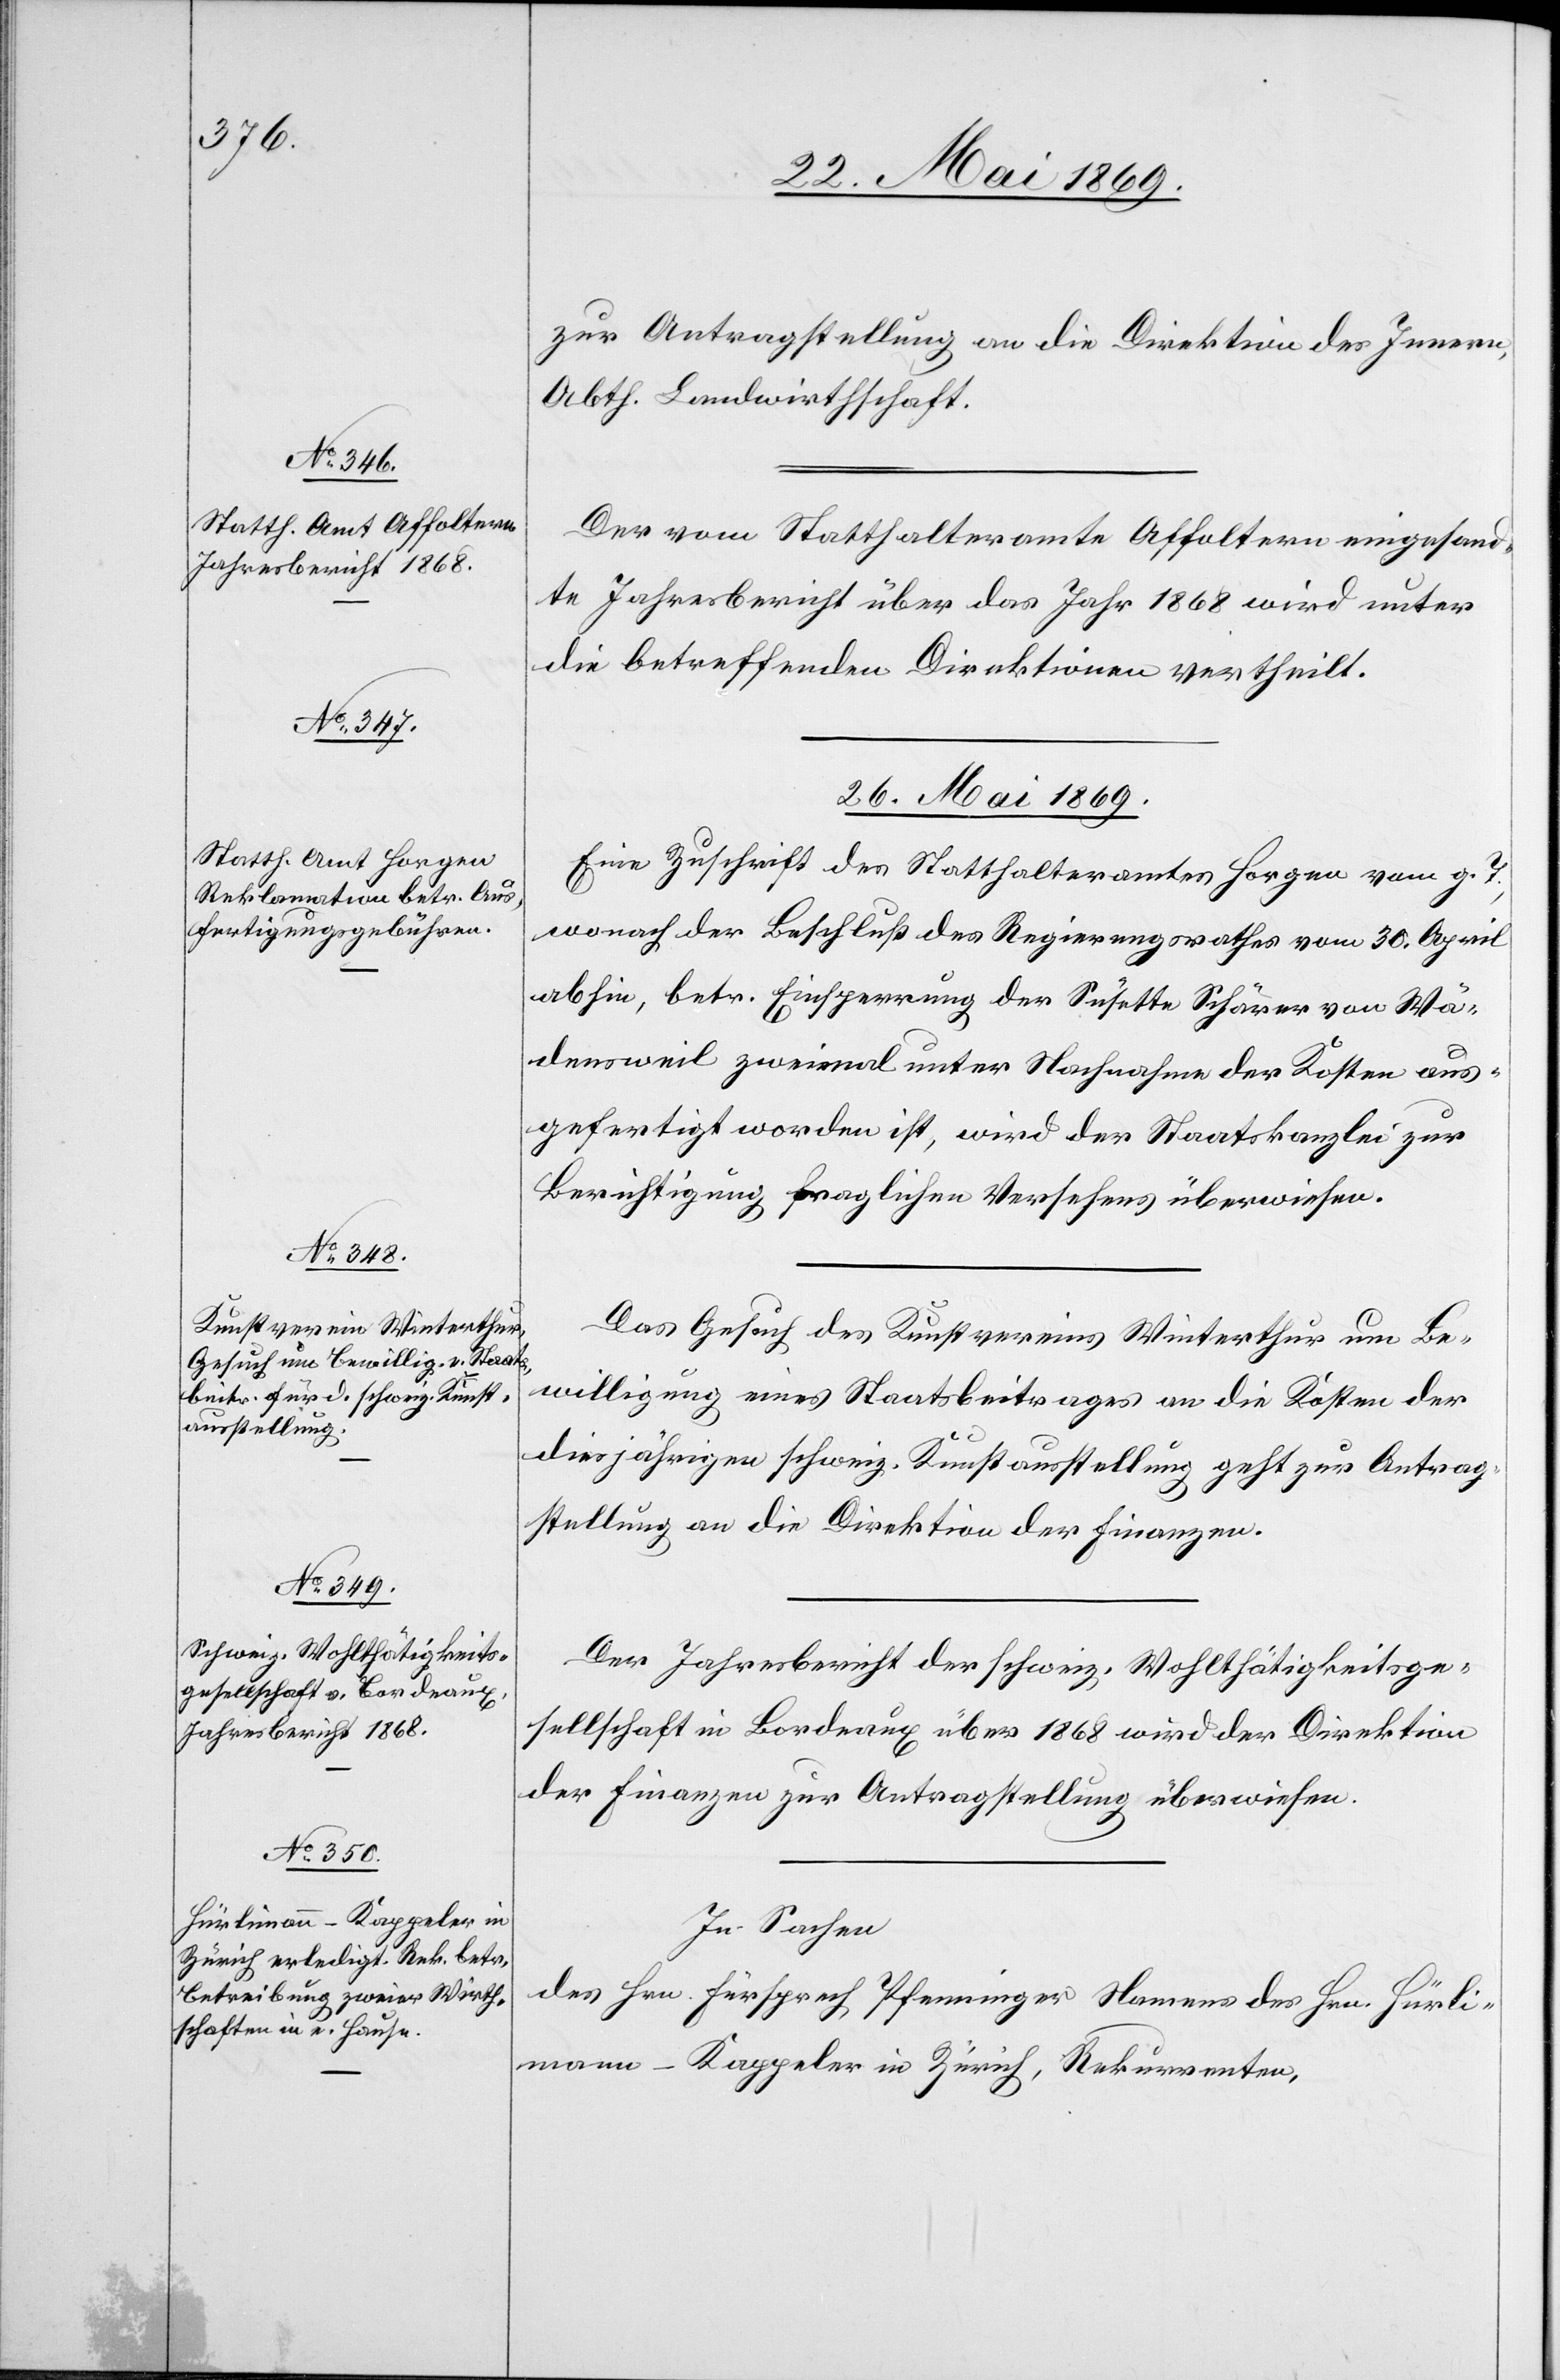
26. Mai 1869.]
zur Antragstellung an die Direktion des Innern,
Abth. Landwirthschaft.
Der vom Statthalteramte Affoltern eingesand¬
te Jahresbericht über das Jahr 1868 wird unter
die betreffenden Direktionen vertheilt.
26. Mai 1869.
Eine Zuschrift des Statthalteramtes Horgen vom g. T.,
wonach der Beschluß des Regierungsrathes vom 30. April
abhin, betr. Einsperrung der Susette Schärer von Wä¬
densweil zweimal unter Nachnahme der Kosten aus¬
gefertigt worden ist, wird der Staatskanzlei zur
Berichtigung fraglichen Versehens überwiesen.
Das Gesuch des Konsumvereins Winterthur um Be¬
willigung eines Staatsbeitrages an die Kosten der
diesjährigen schweiz. Kunstausstellung geht zur Antrag¬
stellung an die Direktion der Finanzen.
Der Jahresbericht der schweiz. Wohlthätigkeitsge¬
sellschaft in Bordeaux über 1868 wird der Direktion
der Finanzen zur Antragstellung überwiesen.
In Sachen
des Hrn. Fürsprech Pfenninger Namens des Hrn. Hürli¬
mann-Kappeler in Zürich, Rekurrenten,